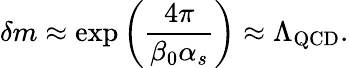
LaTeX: \delta m\approx\exp\left(\frac{4\pi}{\beta_{0}\alpha_{s}}\right)\approx\Lambda_{\mathrm{QCD}}.